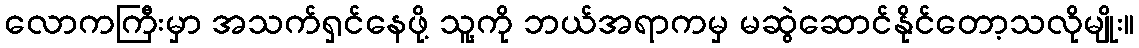
လောကကြီးမှာ အသက်ရှင်နေဖို့ သူ့ကို ဘယ်အရာကမှ မဆွဲဆောင်နိုင်တော့သလိုမျိုး။